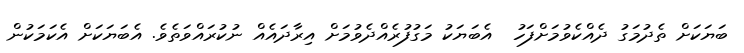
ބަޔަކަށް ތެދުމަގު ދެއްކެވުމަށްފަހު  އެބަޔަކު މަގުފުރެއްދެވުމަށް އިރާދައެއް ނުކުރައްވަތެވެ. އެބަޔަކަށް އެކަމަކުން